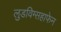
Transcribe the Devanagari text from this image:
लुडविग्सहाफेन